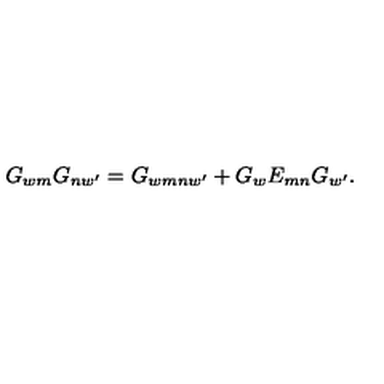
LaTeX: G _ { w m } G _ { n w ^ { \prime } } = G _ { w m n w ^ { \prime } } + G _ { w } E _ { m n } G _ { w ^ { \prime } } .